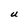
Character: U